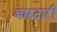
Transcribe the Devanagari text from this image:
बारदारी